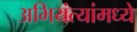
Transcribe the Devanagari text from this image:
अभियंत्यांमध्ये